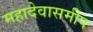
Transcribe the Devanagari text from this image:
महादेवासमीप